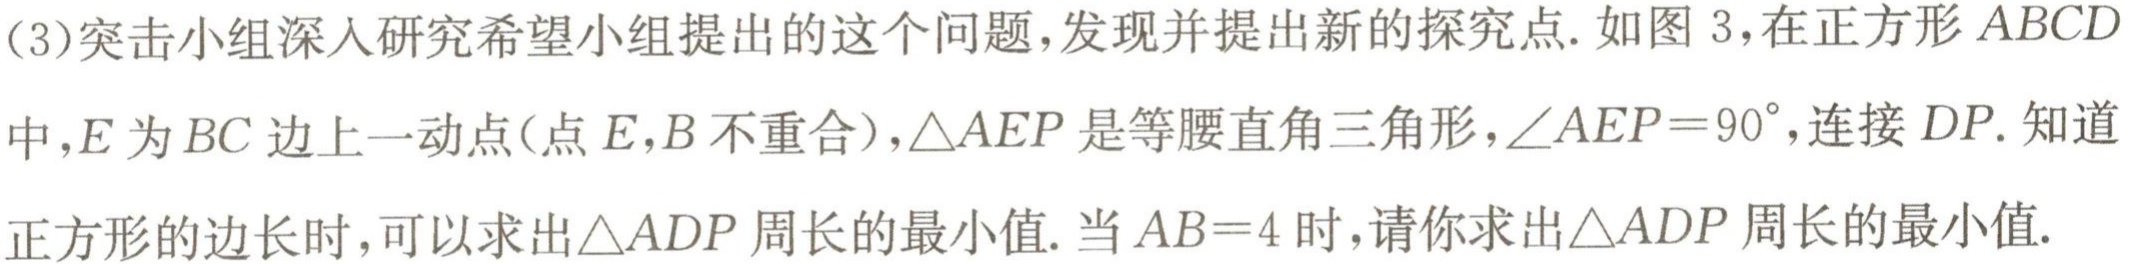
(3)突击小组深入研究希望小组提出的这个问题,发现并提出新的探究点.如图 3，在正方形 \(ABCD\)中,\(E\)为 \(BC\)边上一动点(点 \(E,B\)不重合),\(\triangle AEP\)是等腰直角三角形,\(\angle AEP = 90^{\circ}\),连接 \(DP\). 知道正方形的边长时,可以求出\(\triangle ADP\)周长的最小值. 当 \(AB = 4\)时,请你求出\(\triangle ADP\)周长的最小值.